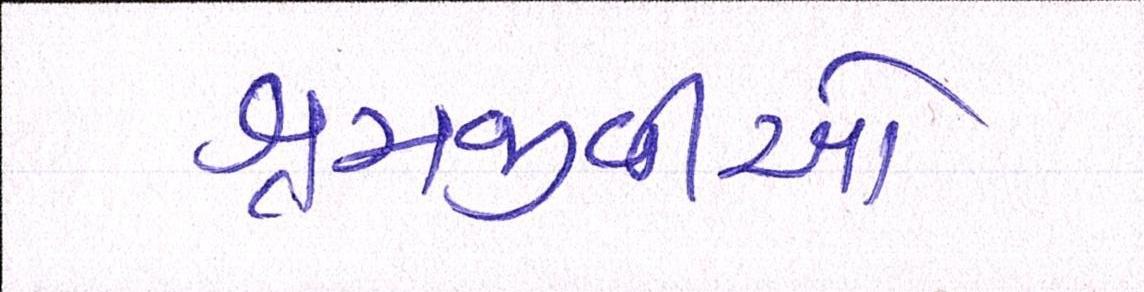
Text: શ્રમજીવીઓ